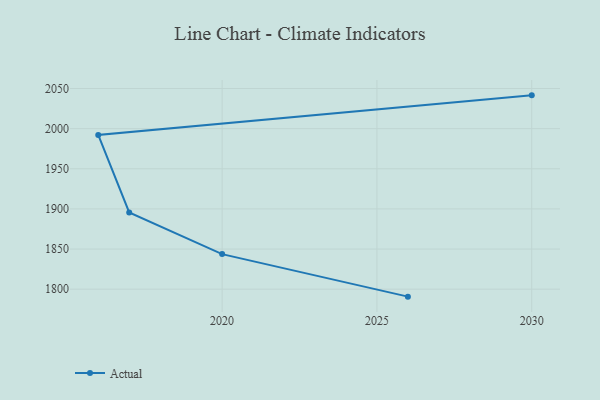
{"axis": {"x": "Year", "y": "Temperature (°C)"}, "legend": ["Actual"], "data": [{"x": "2026", "y": 1790.7, "type": "Actual"}, {"x": "2020", "y": 1843.7, "type": "Actual"}, {"x": "2017", "y": 1895.6, "type": "Actual"}, {"x": "2016", "y": 1992.2, "type": "Actual"}, {"x": "2030", "y": 2041.5, "type": "Actual"}]}